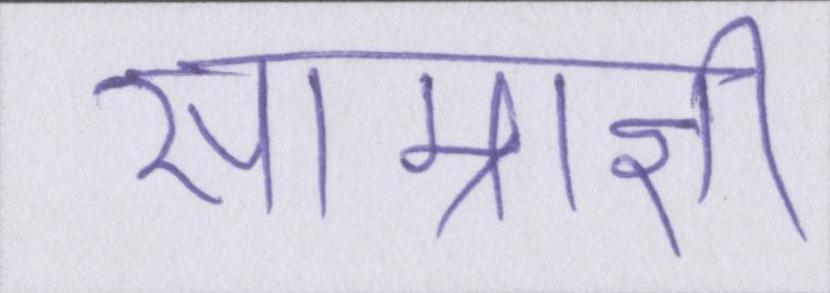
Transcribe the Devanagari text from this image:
साम्राज्ञी